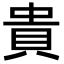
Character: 貴